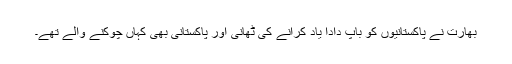
بھارت نے پاکستانیوں کو باپ دادا یاد کرانے کی ٹھانی اور پاکستانی بھی کہاں چوکنے والے تھے۔